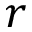
r